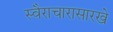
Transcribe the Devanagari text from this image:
स्वैराचारासारखे